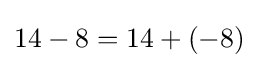
14-8=14+(-8)